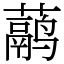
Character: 𬟁